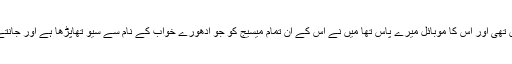
رفعت دو دن سے ہاسپٹل میں تھی اور اس کا موبائل میرے پاس تھا میں نے اس کے ان تمام میسیج کو جو ادھورے خواب کے نام سے سیو تھاپڑھا ہے اور جانتے ہو اس کا status کیا ہے۔